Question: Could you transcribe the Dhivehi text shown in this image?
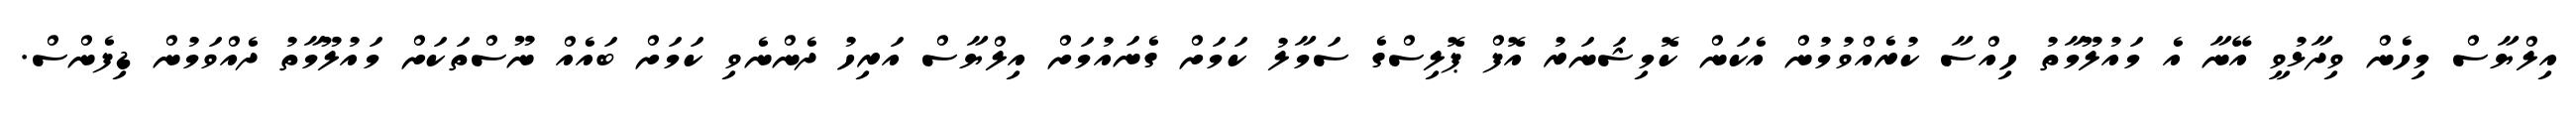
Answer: އިލްޔާސް މިހެން ވިދާޅުވީ އޭނާ އެ މައުލޫމާތު ހިއްސާ ކުރެއްވުމުން އެކަން ކޮމިޝަނަރު އޮފް ޕޮލިސްގެ ސަމާލު ކަމަށް ގެނައުމަށް އިލްޔާސް އަރިހު ދެންނެވި ކަމަށް ބައެއް ނޫސްތަކަށް މައުލޫމާތު ދެއްވަމުން ޑިފެންސް.